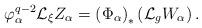
LaTeX: \begin{align*}\varphi_\alpha^{q-2}\mathcal{L}_\xi Z_\alpha=\left(\Phi_\alpha\right)_* \left(\mathcal{L}_g W_\alpha\right).\end{align*}